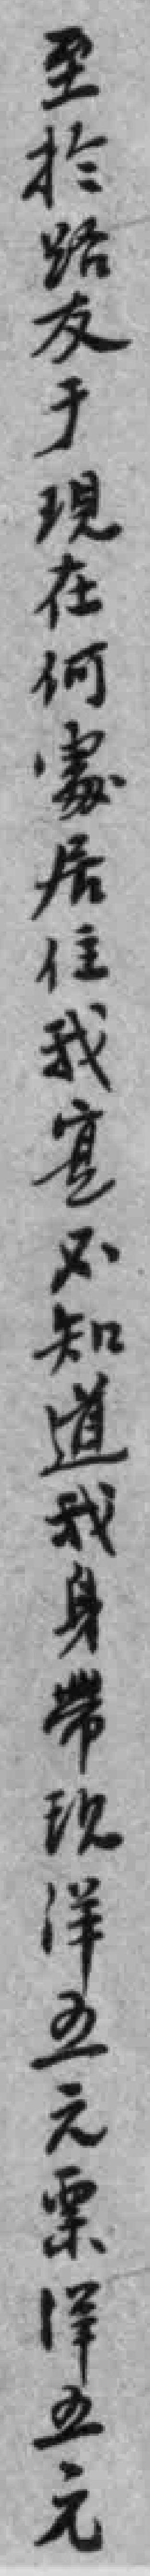
至於路友于現在何處居住我寔不知道我身帶现洋五元票洋五元